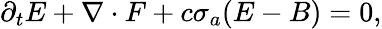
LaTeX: \begin{array}{r}{\partial_{t}E+\nabla\cdot F+c\sigma_{a}(E-B)=0,}\end{array}